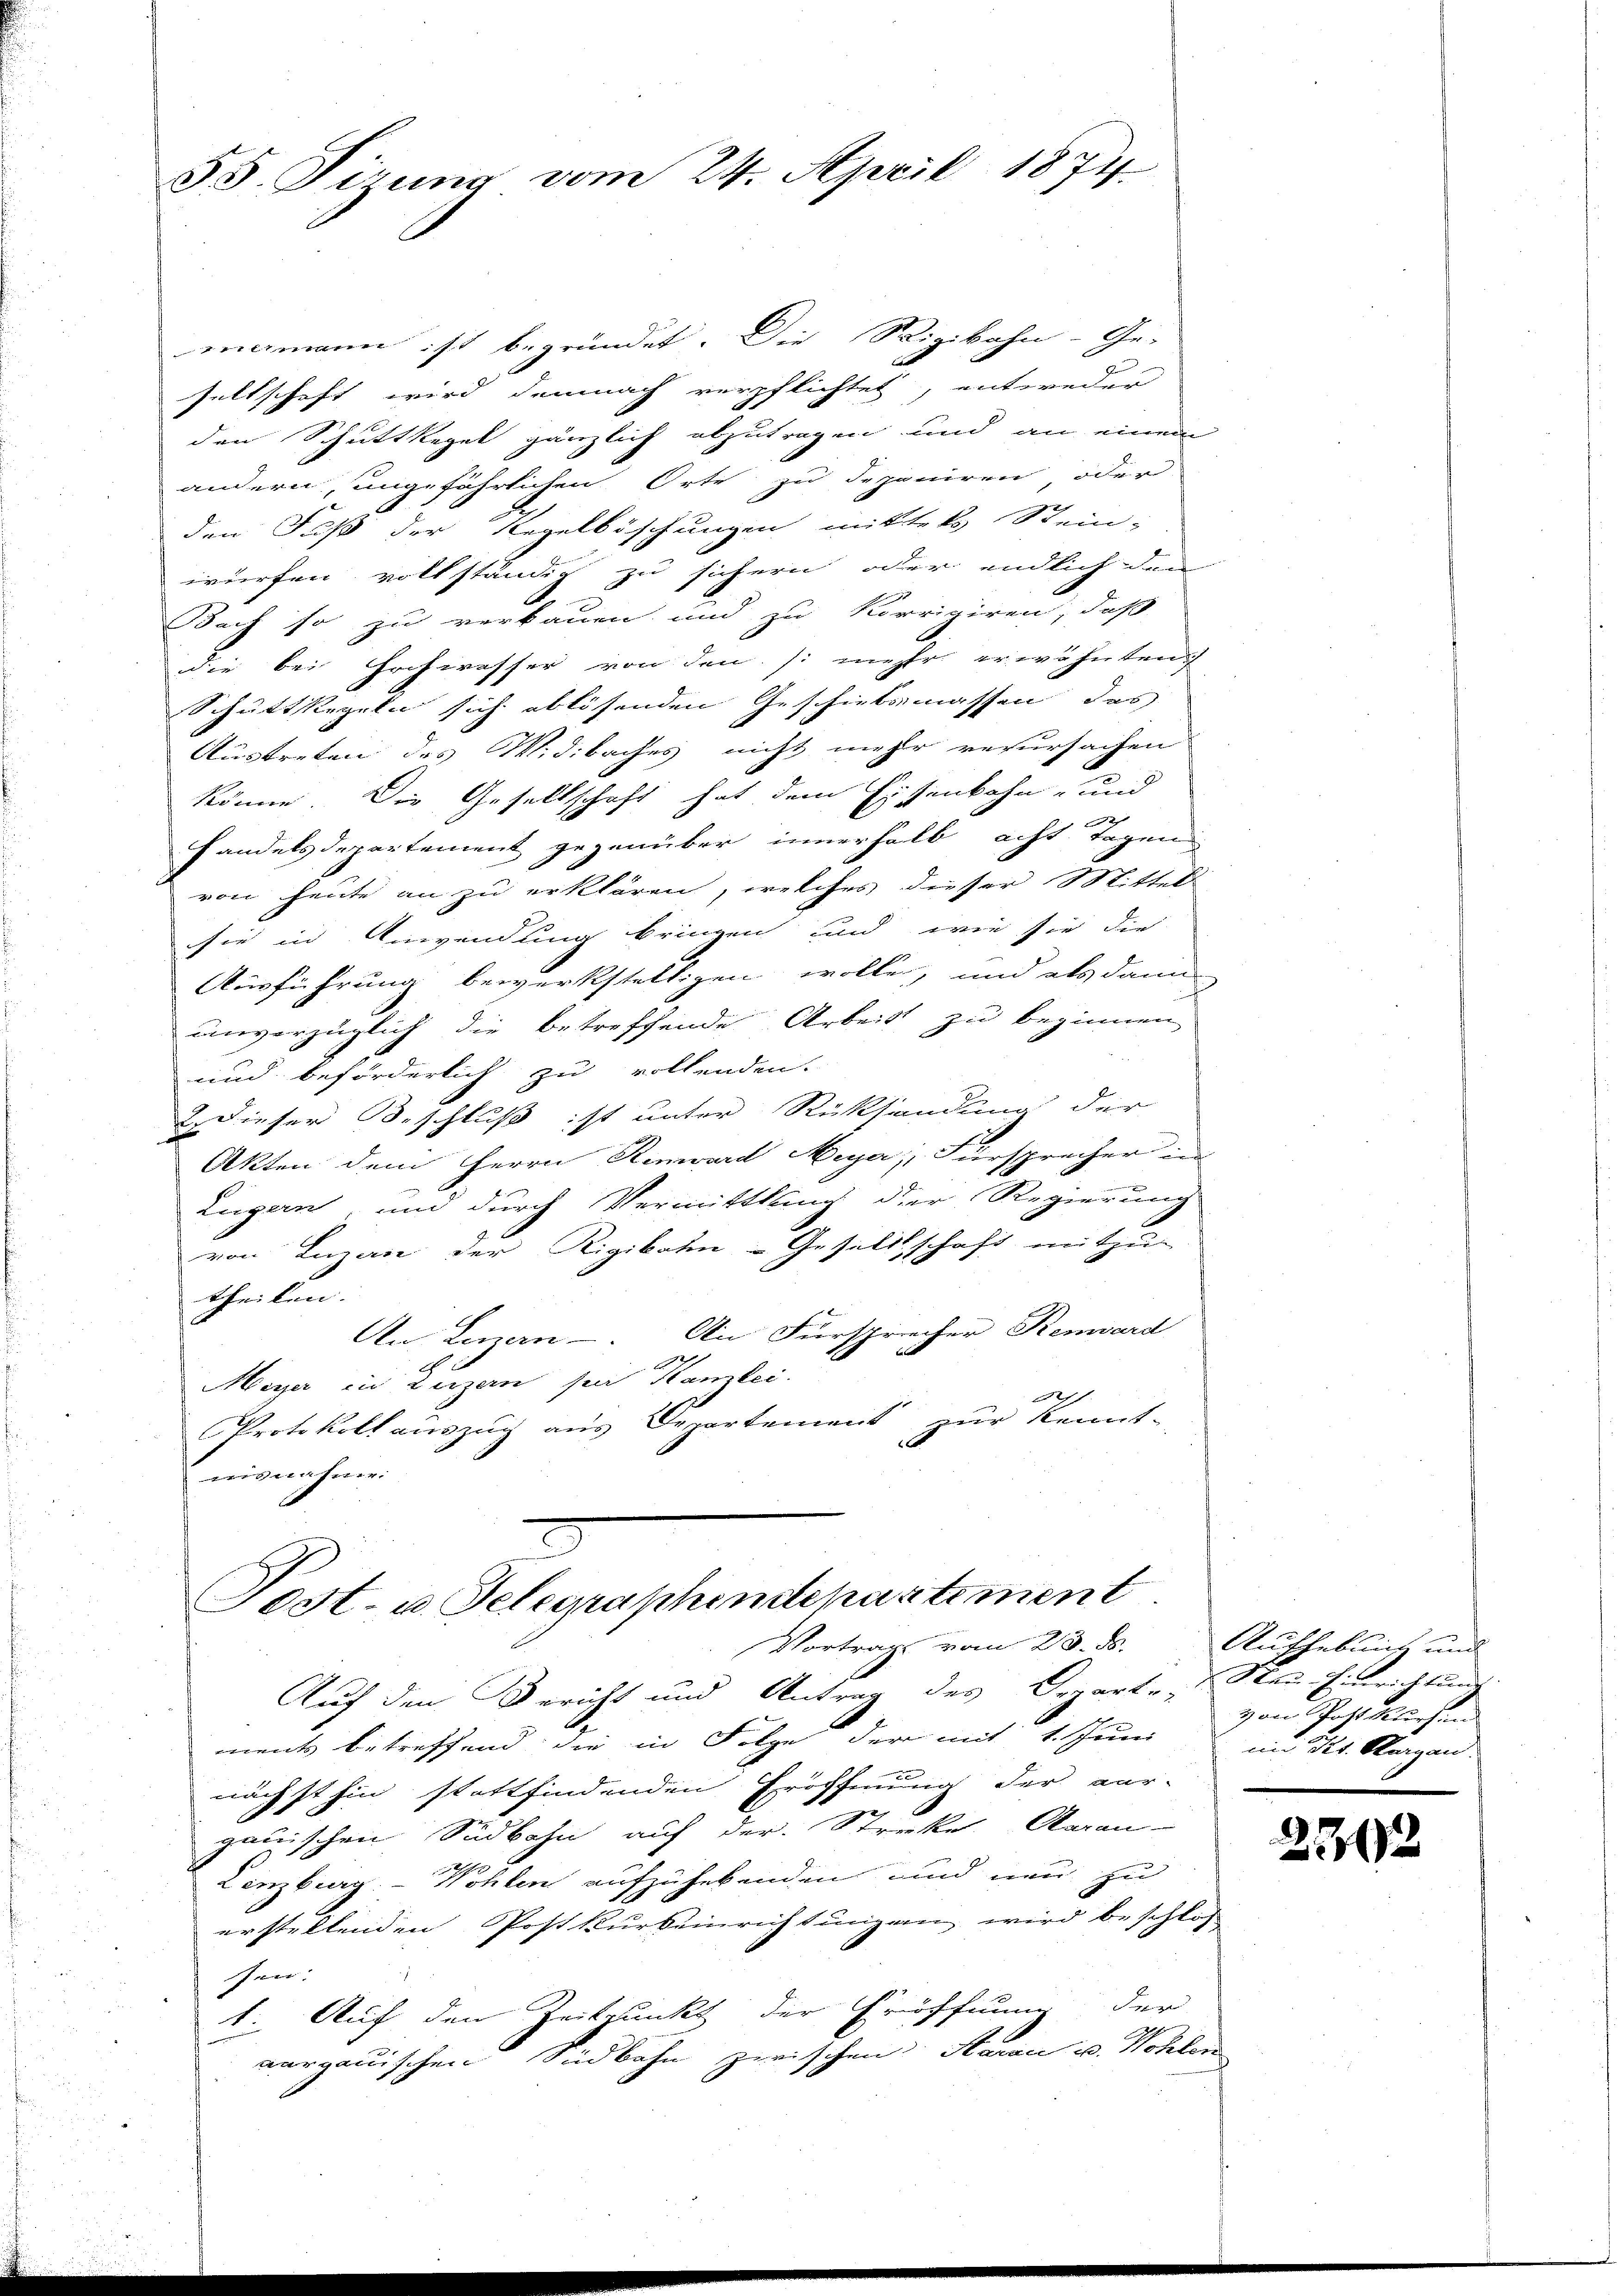
55. Tirung vom 24. April 1874

ergmann ist begründet. Die Rigibahn- Ge-
seltschaft wird demnach verpflichtet, entweder
den Schuttkegel gänzlich abzutragen und an einem
andern, ungefährlichen Orte zu deponiren oder
den Fuß der Regelböschungen mittels Stein-
würfen vollständig zu sichern oder endlich den
Bach so zu verbauen und zu korrigiren, daß
die bei Hochwasser von den /: mehr erwähnten
Schüttstegeln sich ablösenden Geschicksmassen das
Austreten des Widibaches nicht mehr rerursachen
könne. Die Gesellschaft hat dem Eisenbahn- und
handelsdepartement gegenüber innerhalb acht Tagen
von heute an zu erklären, welches dieser Mittel
sie in Anwendung bringen und wie sie die
Ausführung bewerkstelligen wolle, und als dann
unverzüglich die betreffende Arbeit zu beginnen,
und beförderlich zu vollenden.
 Dieser Beschluß ist unter Rücksendung der
Akten dem Herrn Renward Meya, Fürsprecher in
Lugern, und durch Vermittlung der Regierung
von Luzern der Rigibahn-Gesellschaft mitzu-
theilen.
An Luzern. An Fürsprecher Renward
Meyer in Luzern feier Kanzlei.
2
Protokoll auszug aus Departement zur Kennt-
isnahme

Post- u. Telegraphenschartement

Vortrag vom 23. ds.
Auf den Bericht und Antrag des Departe, Neu-Einrichtung
ments betreffend die in Folge der mit 1. Chun von Postkursen
nächsthin stattfindenden Eröffnung der aus-
gauischen Südbahn auf der Streke Aarau-
Lenzburg. Wohlen aufzuhebenden und neu zu
erstellenden Postkurseinrichtungen wird beschlos
sen.
1. Auf den Zeitpunkt der Eröffnung der
verganischen Südbahn zwischen Aarau u. Wohlen

Aufhebung und
im Kt. Aargau.

2302